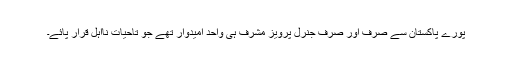
پورے پاکستان سے صرف اور صرف جنرل پرویز مشرف ہی واحد اُمیدوار تھے جو تاحیات نااہل قرار پائے۔